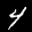
Label: 4